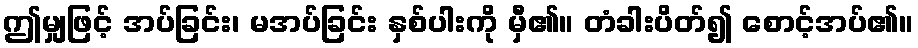
ဤမျှဖြင့် အပ်ခြင်း၊ မအပ်ခြင်း နှစ်ပါးကို မှီ၏။ တံခါးပိတ်၍ စောင့်အပ်၏။